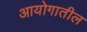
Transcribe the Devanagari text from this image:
आयोगातील